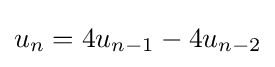
u_{n}=4u_{n-1}-4u_{n-2}